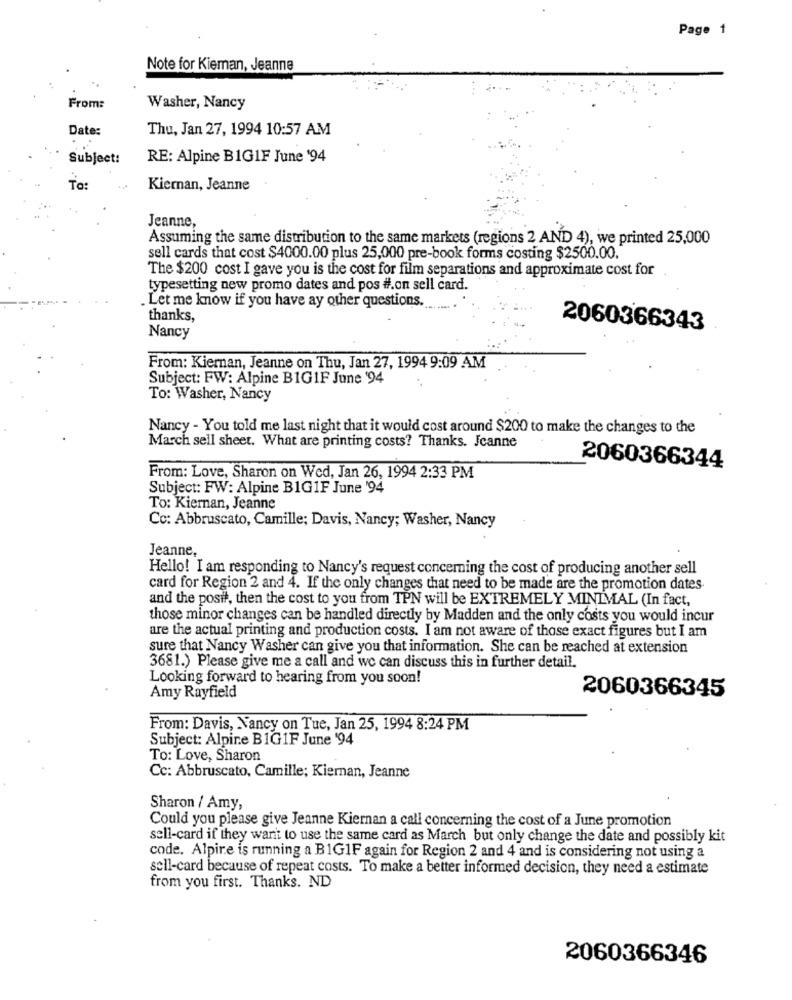
Page 1
Note for Kieman, Jeanne
From:
Washer, Nancy
Date:
Thu, Jan 27, 1994 10:57 AM
Subject:
RE: Alpine B1GIF June '94
To:
Kiernan, Jeanne
Jeanne,
Assuming the same distribution to the same markets (regions 2 AND 4), we printed 25,000
sell cards that cost $4000.00 plus 25,000 pre-book forms costing $2500.00.
The $200 cost I gave you is the cost for film separations and approximate cost for
typesetting new promo dates and pos #.on sell card.
. Let me know if you have ay other questions.
.......
thanks,
2060366343
Nancy
From: Kiernan, Jeanne on Thu, Jan 27, 1994 9:09 AM
Subject: FW: Alpine B1GIF June '94
To: Washer, Nancy
Nancy - You told me last night that it would cost around $200 to make the changes to the
March sell sheet. What are printing costs? Thanks. Jeanne
2060366344
From: Love, Sharon on Wed, Jan 26, 1994 2:33 PM
Subject: FW: Alpine B1G1F June '94
To: Kiernan, Jeanne
Cc: Abbruscato, Camille; Davis, Nancy; Washer, Nancy
Jeanne,
Hello! I am responding to Nancy's request concerning the cost of producing another sell
card for Region 2 and 4. If the only changes that need to be made are the promotion dates
and the posit, then the cost to you from TPN will be EXTREMELY MINIMAL (In fact,
those minor changes can be handled directly by Madden and the only costs you would incur
are the actual printing and production costs. I am not aware of those exact figures but I am
sure that Nancy Washer can give you that information. She can be reached at extension
3681.) Please give me a call and we can discuss this in further detail.
Looking forward to hearing from you soon!
2060366345
Amy Rayfield
From: Davis, Nancy on Tue, Jan 25, 1994 8:24 PM
Subject: Alpine BIG1F June '94
To: Love, Sharon
Cc: Abbruscato, Camille; Kiernan, Jeanne
Sharon / Amy,
Could you please give Jeanne Kiernan a call concerning the cost of a June promotion
sell-card if they want to use the same card as March but only change the date and possibly kit
code. Alpire is running a BIG1F again for Region 2 and 4 and is considering not using a
sell-card because of repeat costs. To make a better informed decision, they need a estimate
from you first. Thanks. ND
2060366346